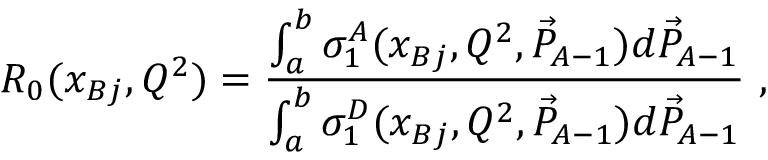
R _ { 0 } ( x _ { B j } , Q ^ { 2 } ) = { \frac { \int _ { a } ^ { b } \sigma _ { 1 } ^ { A } ( x _ { B j } , Q ^ { 2 } , \vec { P } _ { A - 1 } ) d \vec { P } _ { A - 1 } } { \int _ { a } ^ { b } \sigma _ { 1 } ^ { D } ( x _ { B j } , Q ^ { 2 } , \vec { P } _ { A - 1 } ) d \vec { P } _ { A - 1 } } } ~ ,